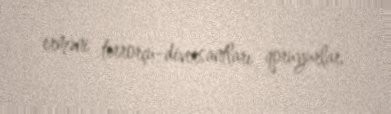
erməni terrorçu-diversantları qoruyurlar.